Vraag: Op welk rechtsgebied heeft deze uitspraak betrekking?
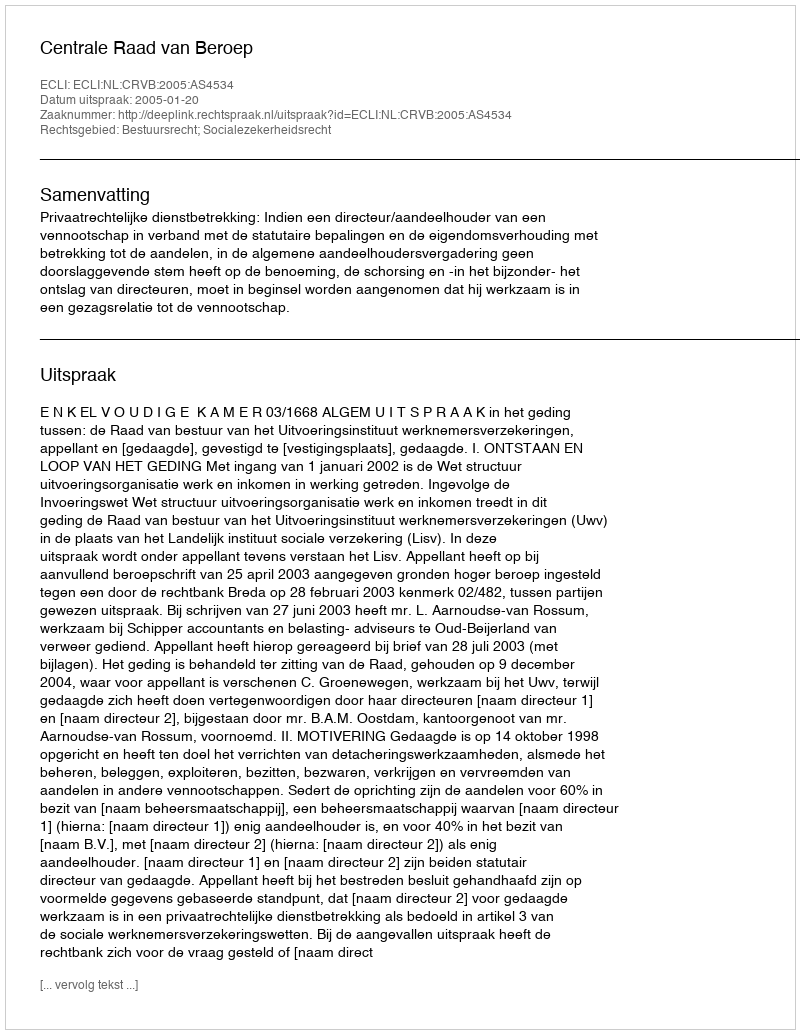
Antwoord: Bestuursrecht; Socialezekerheidsrecht